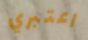
اعتبري